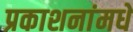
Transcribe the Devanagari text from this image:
प्रकाशनांमधे